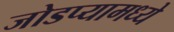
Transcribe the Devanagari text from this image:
जोडप्यामध्ये